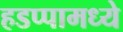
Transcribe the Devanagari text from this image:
हडप्पामध्ये